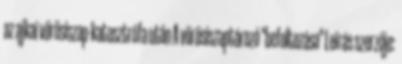
az ajkai vörösiszap-katasztrófa után A vörösiszaptározó "befoltozása" Leírás szerzője: